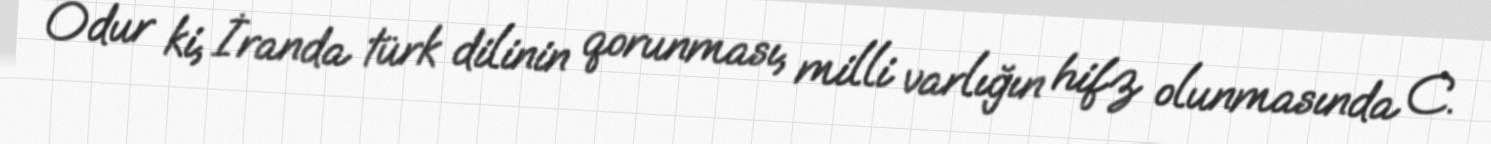
Odur ki, İranda türk dilinin qorunması, milli varlığın hifz olunmasında C.